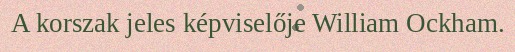
A korszak jeles képviselője William Ockham.